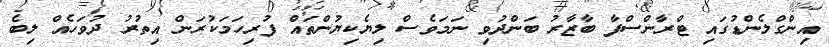
އިންގްލެންޑުގައި ޓްރާންސްފާ ބާޒާރު ބަންދުވި ނަމަވެސް ލިޔެކިޔުންތައް ފުރިހަމަކުރަން އިތުރު ދުވަހެއް ލިބެ